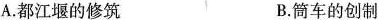
A.都江堰的修筑 B.筒车的创制